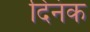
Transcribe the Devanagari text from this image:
दिनंक